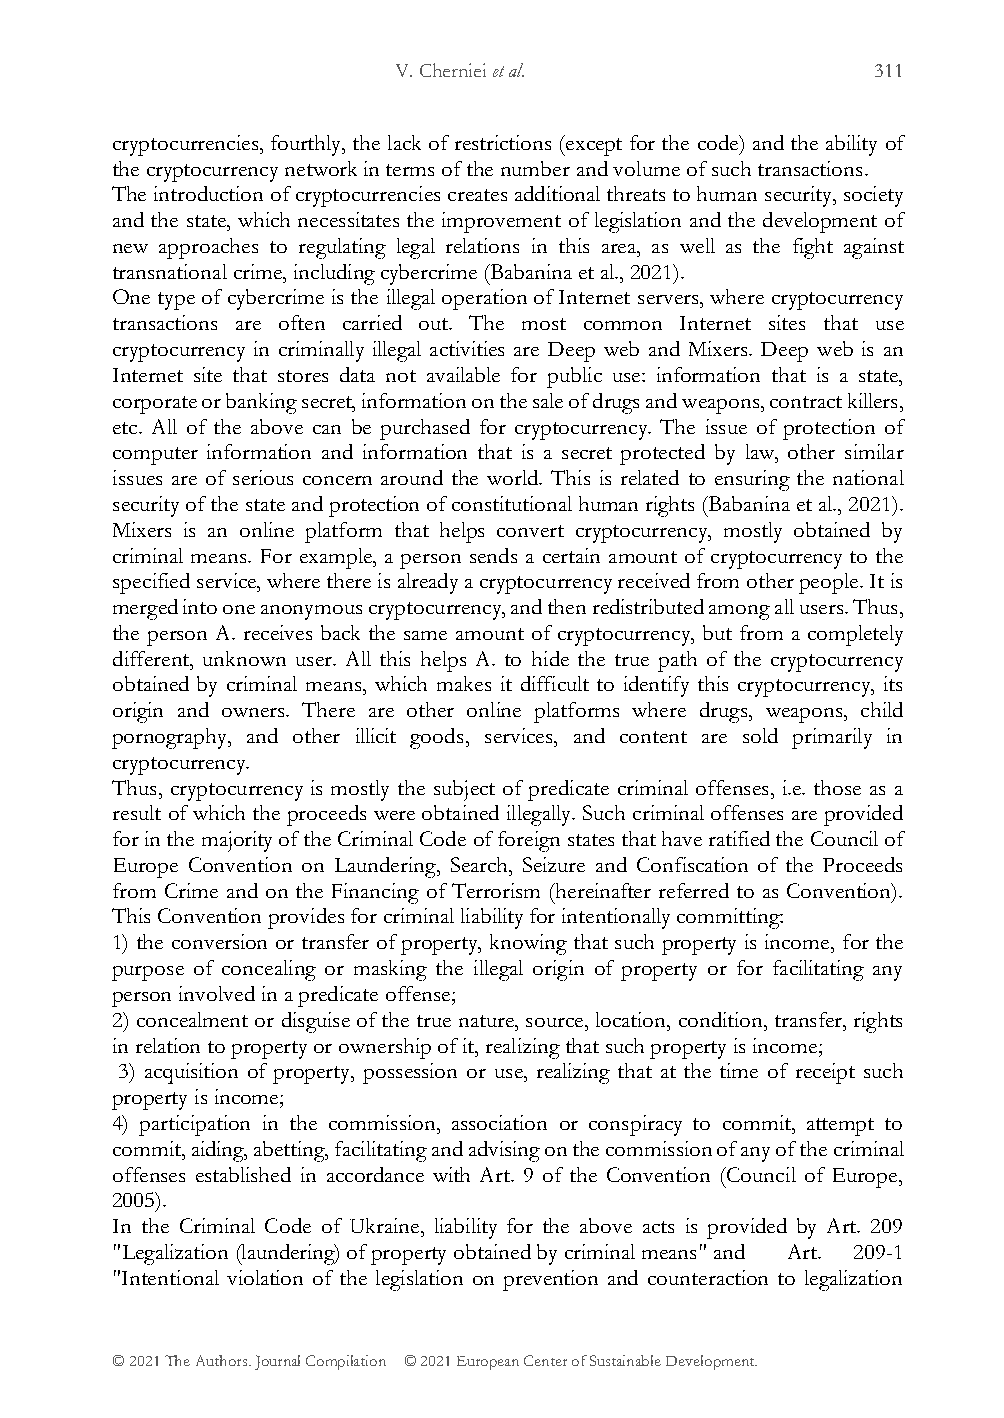
V. Cherniei et al.              311
 cryptocurrencies, fourthly, the lack of restrictions (except for the code) and the ability of
 the cryptocurrency network in terms of the number and volume of such transactions.
 The introduction of cryptocurrencies creates additional threats to human security, society
 and the state, which necessitates the improvement of legislation and the development of
 new approaches to regulating legal relations in this area, as well as the fight against
 transnational crime, including cybercrime (Babanina et al., 2021).
 One type of cybercrime is the illegal operation of Internet servers, where cryptocurrency
 transactions are often carried out. The most common Internet sites that use
 cryptocurrency in criminally illegal activities are Deep web and Mixers. Deep web is an
 Internet site that stores data not available for public use: information that is a state,
 corporate or banking secret, information on the sale of drugs and weapons, contract killers,
 etc. All of the above can be purchased for cryptocurrency. The issue of protection of
 computer information and information that is a secret protected by law, other similar
 issues are of serious concern around the world. This is related to ensuring the national
 security of the state and protection of constitutional human rights (Babanina et al., 2021).
 Mixers is an online platform that helps convert cryptocurrency, mostly obtained by
 criminal means. For example, a person sends a certain amount of cryptocurrency to the
 specified service, where there is already a cryptocurrency received from other people. It is
 merged into one anonymous cryptocurrency, and then redistributed among all users. Thus,
 the person A. receives back the same amount of cryptocurrency, but from a completely
 different, unknown user. All this helps A. to hide the true path of the cryptocurrency
 obtained by criminal means, which makes it difficult to identify this cryptocurrency, its
 origin and owners. There are other online platforms where drugs, weapons, child
 pornography, and other illicit goods, services, and content are sold primarily in
 cryptocurrency.
 Thus, cryptocurrency is mostly the subject of predicate criminal offenses, i.e. those as a
 result of which the proceeds were obtained illegally. Such criminal offenses are provided
 for in the majority of the Criminal Code of foreign states that have ratified the Council of
 Europe Convention on Laundering, Search, Seizure and Confiscation of the Proceeds
 from Crime and on the Financing of Terrorism (hereinafter referred to as Convention).
 This Convention provides for criminal liability for intentionally committing:
 1) the conversion or transfer of property, knowing that such property is income, for the
 purpose of concealing or masking the illegal origin of property or for facilitating any
 person involved in a predicate offense;
 2) concealment or disguise of the true nature, source, location, condition, transfer, rights
 in relation to property or ownership of it, realizing that such property is income;
 3) acquisition of property, possession or use, realizing that at the time of receipt such
 property is income;
 4) participation in the commission, association or conspiracy to commit, attempt to
 commit, aiding, abetting, facilitating and advising on the commission of any of the criminal
 offenses established in accordance with Art. 9 of the Convention (Council of Europe,
 2005).
 In the Criminal Code of Ukraine, liability for the above acts is provided by Art. 209
 "Legalization (laundering) of property obtained by criminal means" and Art. 209-1
 "Intentional violation of the legislation on prevention and counteraction to legalization
 © 2021 The Authors. Journal Compilation © 2021 European Center of Sustainable Development.